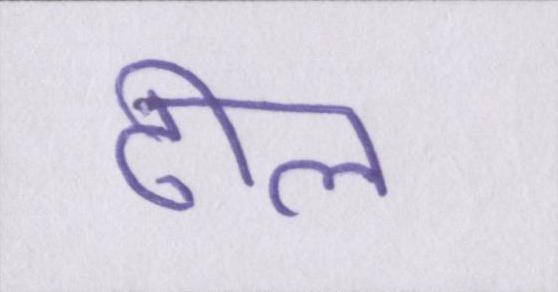
ढील